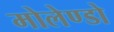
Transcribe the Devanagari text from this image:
मोलेण्डो